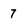
Character: 7